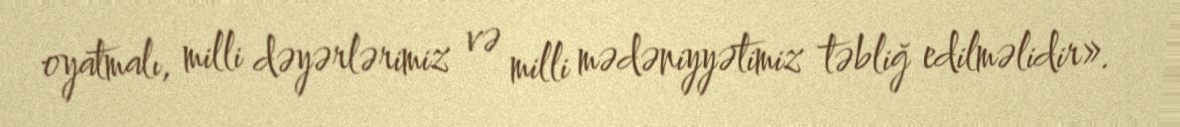
oyatmalı, milli dəyərlərimiz və milli mədəniyyətimiz təbliğ edilməlidir».